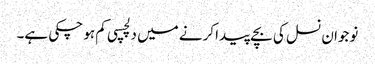
نوجوان نسل کی بچے پیدا کرنے میں دلچسپی کم ہو چکی ہے۔